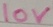
Text: 10V